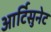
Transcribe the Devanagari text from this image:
आर्टिसुनेट